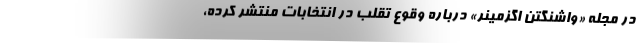
در مجله «واشنگتن اگزمینر» درباره وقوع تقلب در انتخابات منتشر کرده،